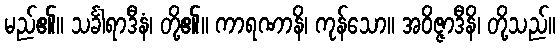
မည်၏။ သင်္ခါရာဒီနံ၊ တို့၏။ ကာရဏာနိ၊ ကုန်သော။ အဝိဇ္ဇာဒီနိ၊ တို့သည်။